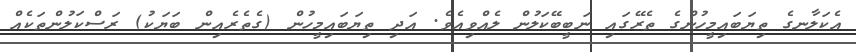
އެކަލާނގެ ތިޔަބައިމީހުންގެ ތެރޭގައި ނަބީބޭކަލުން ލެއްވިއެވެ. އަދި ތިޔަބައިމީހުން (ގެތެރެއިން ބަޔަކު) ރަސްކަލުންތަކެއް